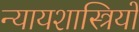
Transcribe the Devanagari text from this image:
न्यायशास्त्रियों